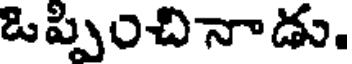
ఒప్పించినాడు.